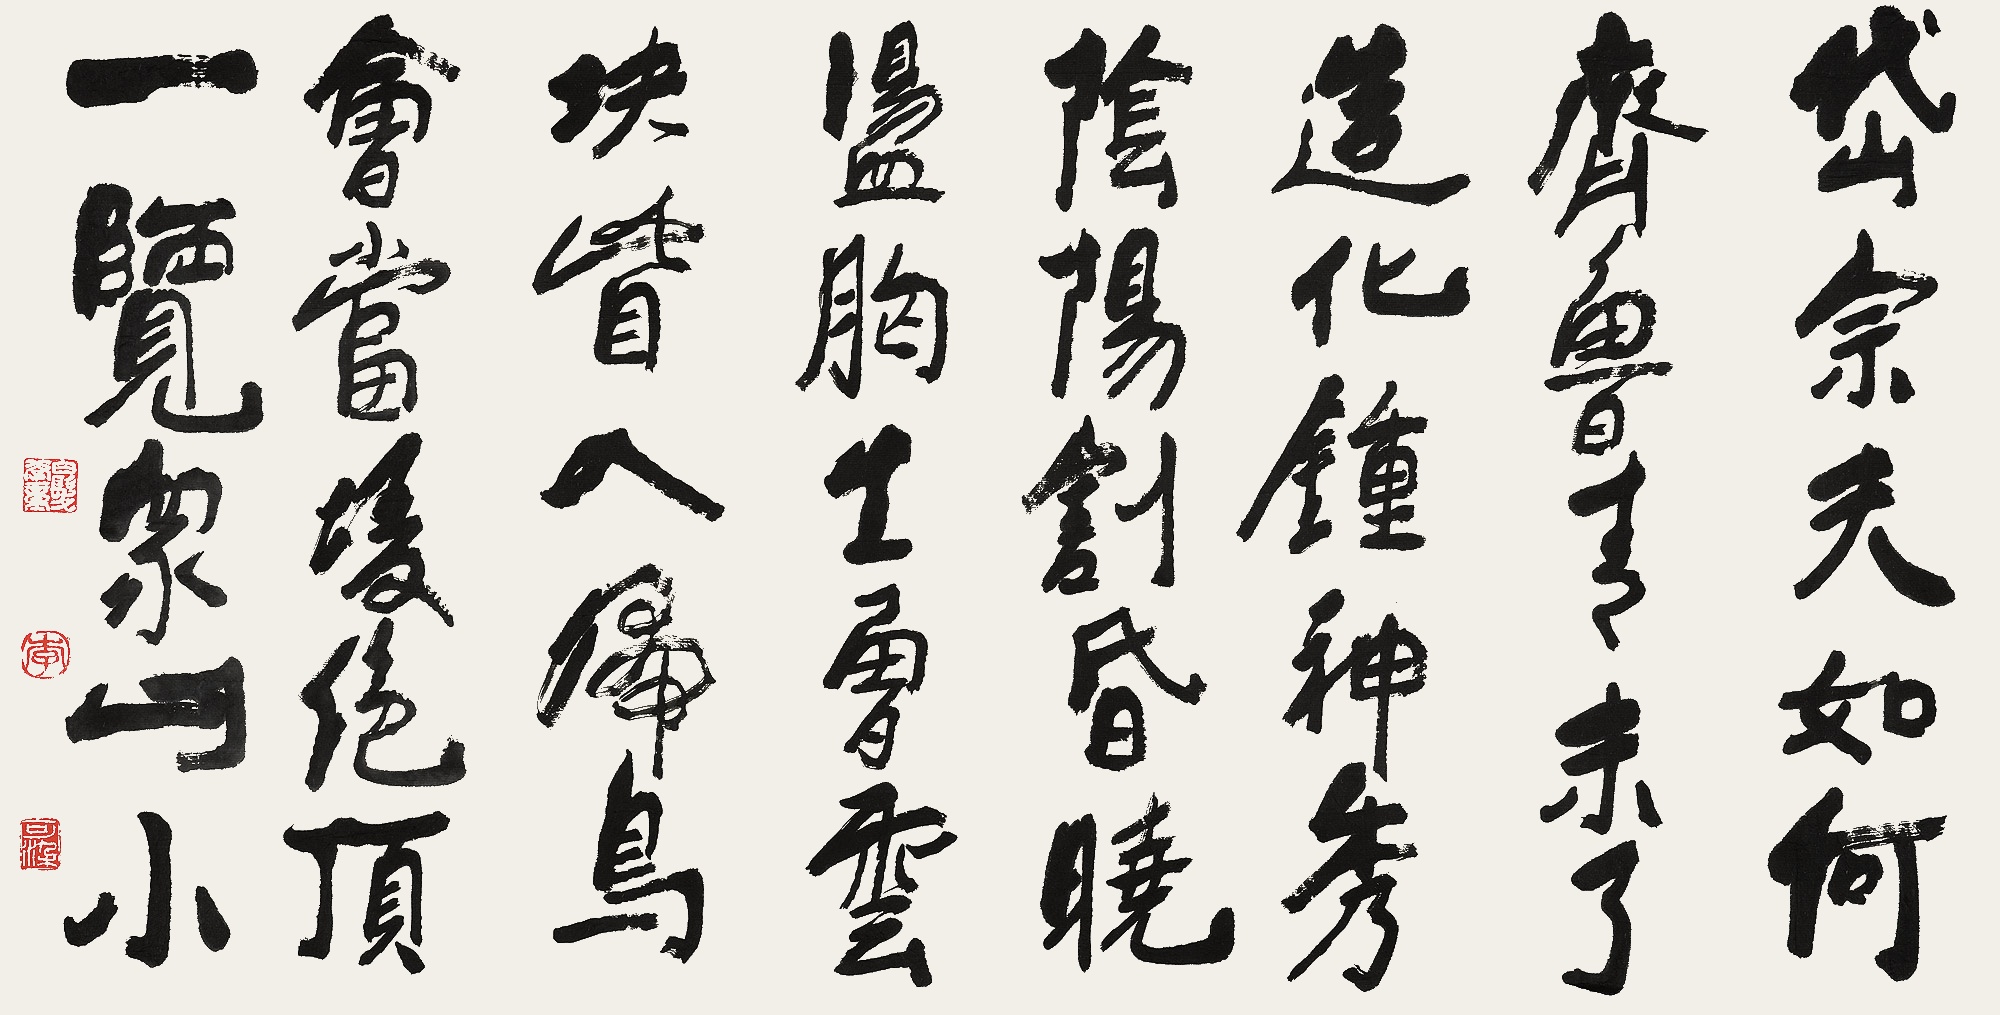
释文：岱宗夫如何，齐鲁青未了。造化钟神秀，阴阳割昏晓。荡胸生层云，决眦入归鸟。会当凌绝顶，一览众山小。白发学童、李、可染